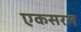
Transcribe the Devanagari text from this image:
एकसरल